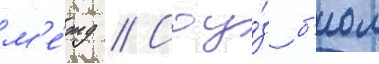
м'е́жд // Соу́з б'иол